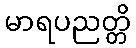
မာရပညတ္တိ